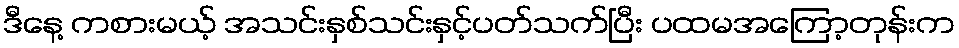
ဒီနေ့ ကစားမယ့် အသင်းနှစ်သင်းနှင့်ပတ်သက်ပြီး ပထမအကြော့တုန်းက